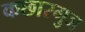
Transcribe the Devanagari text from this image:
कछारगुञ